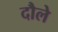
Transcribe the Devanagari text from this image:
दौले